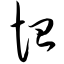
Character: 恤